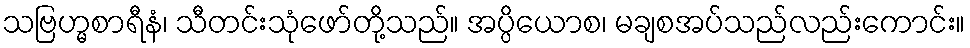
သဗြဟ္မစာရီနံ၊ သီတင်းသုံဖော်တို့သည်။ အပ္ပိယောစ၊ မချစအပ်သည်လည်းကောင်း။